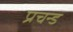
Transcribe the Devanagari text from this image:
प्रचन्ड